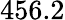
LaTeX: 456.2